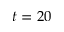
t = 2 0